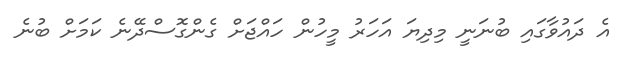
އެ ދައުވާގައި ބުނަނީ މިދިޔަ އަހަރު މީހުން ހައްޖަށް ގެންގޮސްދޭނެ ކަމަށް ބުނެ